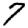
Digit: 7